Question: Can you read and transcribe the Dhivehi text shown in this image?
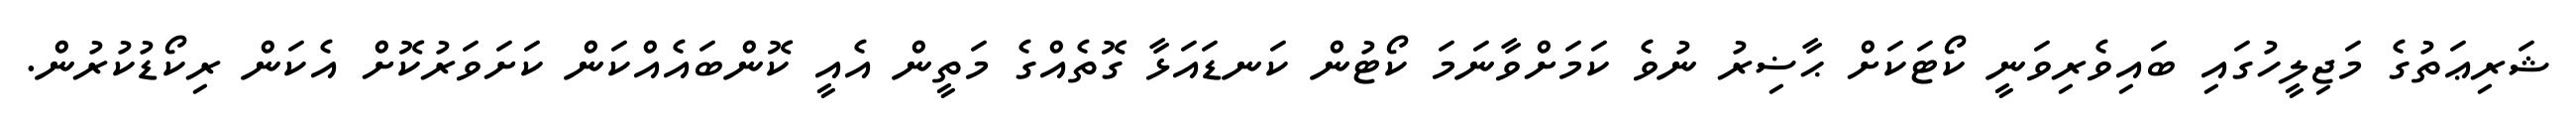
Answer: ޝަރިޢަތުގެ މަޖިލީހުގައި ބައިވެރިވަނީ ކޯޓަކަށް ޙާޟިރު ނުވެ ކަމަށްވާނަމަ ކޯޓުން ކަނޑައަޅާ ގޮތެއްގެ މަތީން އެއީ ކޮންބައެއްކަން ކަށަވަރުކޮށް އެކަން ރިކޯޑުކުރުން.